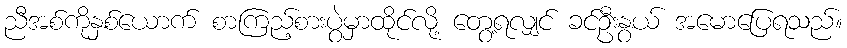
ညီအစ်ကိုနှစ်ယောက် စာကြည့်စားပွဲမှာထိုင်လို့ တွေ့ရလျှင် ခင်ဦးနွယ် အမောပြေရသည်။